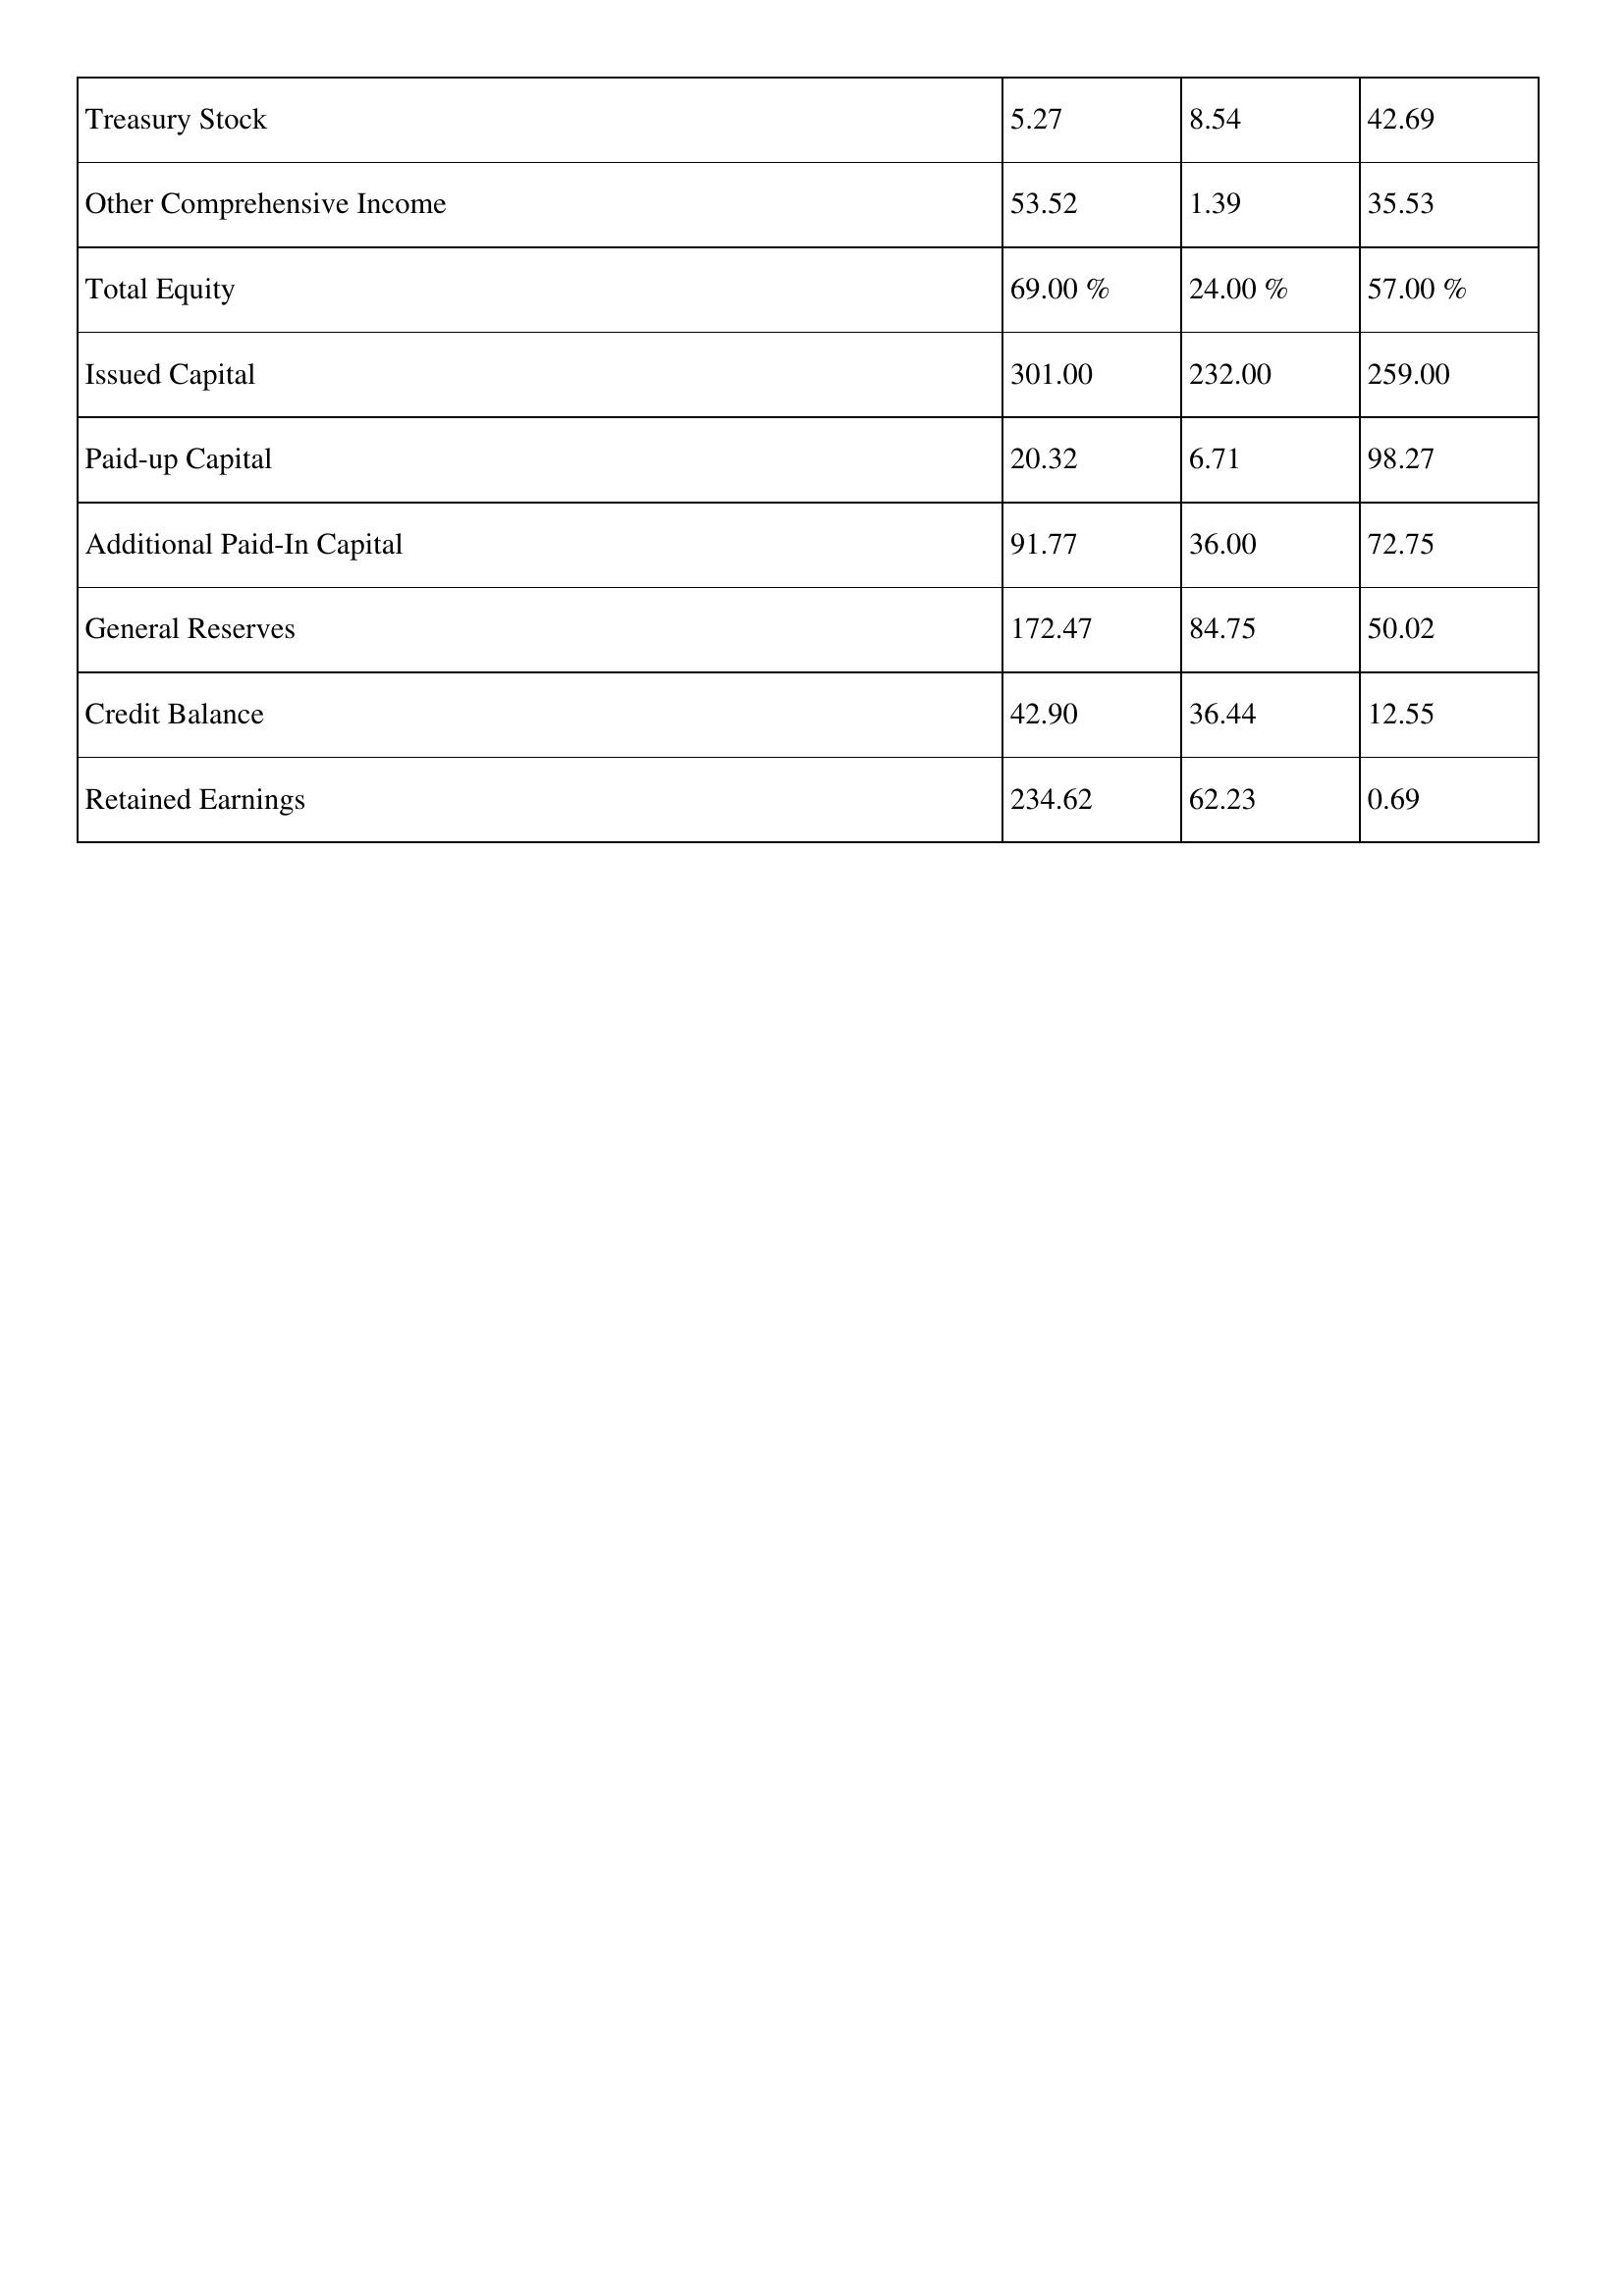
gt_parse: 2012: Treasury Stock: 5.27
Other Comprehensive Income: 53.52
Total Equity: 69.00 %
Issued Capital: 301.00
Paid-up Capital: 20.32
Additional Paid-In Capital: 91.77
General Reserves: 172.47
Credit Balance: 42.90
Retained Earnings: 234.62
2011: Treasury Stock: 8.54
Other Comprehensive Income: 1.39
Total Equity: 24.00 %
Issued Capital: 232.00
Paid-up Capital: 6.71
Additional Paid-In Capital: 36.00
General Reserves: 84.75
Credit Balance: 36.44
Retained Earnings: 62.23
2010: Treasury Stock: 42.69
Other Comprehensive Income: 35.53
Total Equity: 57.00 %
Issued Capital: 259.00
Paid-up Capital: 98.27
Additional Paid-In Capital: 72.75
General Reserves: 50.02
Credit Balance: 12.55
Retained Earnings: 0.69